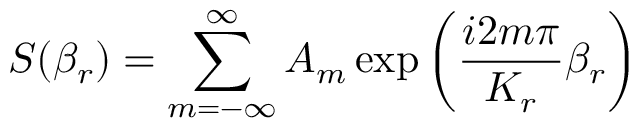
S ( \beta _ { r } ) = \sum _ { m = - \infty } ^ { \infty } A _ { m } \exp \left( \frac { i 2 m \pi } { K _ { r } } \beta _ { r } \right)